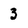
Character: 3